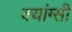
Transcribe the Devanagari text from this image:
क्यांग्सी